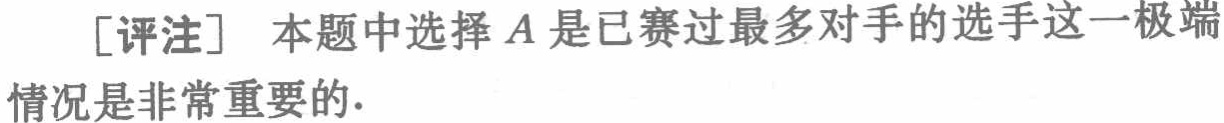
[评注] 本题中选择 \(A\) 是已赛过最多对手的选手这一极端情况是非常重要的.